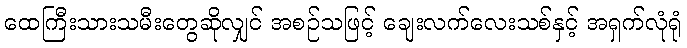
ထေကြီးသားသမီးတွေဆိုလျှင် အစဉ်သဖြင့် ချေးလက်လေးသစ်နှင့် အရှက်လုံရုံ